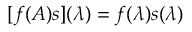
[ f ( A ) s ] ( \lambda ) = f ( \lambda ) s ( \lambda )